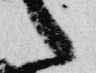
言